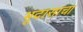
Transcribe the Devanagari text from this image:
भूदासाचा